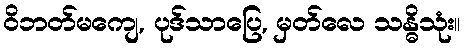
ဝိဘတ်မကျေ, ပုဒ်သာပြေ, မှတ်လေ သန္ဓိသုံး။